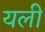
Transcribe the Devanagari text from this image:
यली